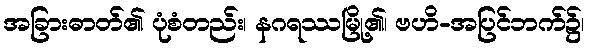
အခြားဓာတ်၏ ပုံစံတည်း၊ နဂရဿမြို့၏၊ ဗဟိ-အပြင်ဘက်၌၊